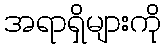
အရာရှိများကို